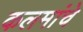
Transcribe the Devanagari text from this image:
कलमांचे